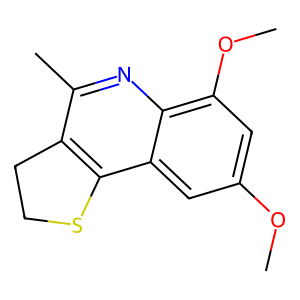
SMILES: COc1cc(OC)c2nc(C)c3c(c2c1)SCC3
Inhibits HIV replication: No